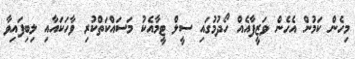
މިހެން ކަމުން އެހެން ވަޒީފާއެއް ހޯދުމުގައި ސީލް ޓީމާއެކު މަސައްކަތްކުރި ވާހަކައާއި ލިބިފައިވާ